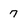
Character: 7